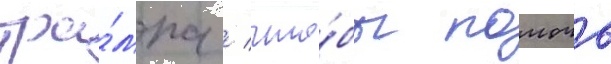
тра́мпа / что́бы помочь